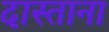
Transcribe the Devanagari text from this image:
दास्ताना